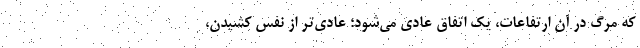
كه مرگ در آن ارتفاعات، يك اتفاق عادي مي‌شود؛ عادي‌تر از نفس كشيدن،